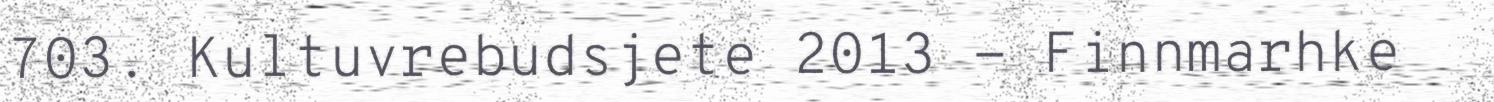
703. Kultuvrebudsjete 2013 - Finnmarhke